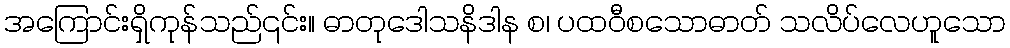
အကြောင်းရှိကုန်သည်၎င်း။ ဓာတုဒေါသနိဒါန စ၊ ပထဝီစသောဓာတ် သလိပ်လေဟူသော